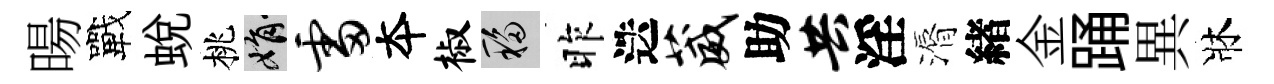
暘戰蛻桃娟雷夲椒移昨迭葳助共淫漘緖金踊異牀